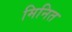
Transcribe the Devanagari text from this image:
मिनित